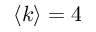
\langle k \rangle = 4